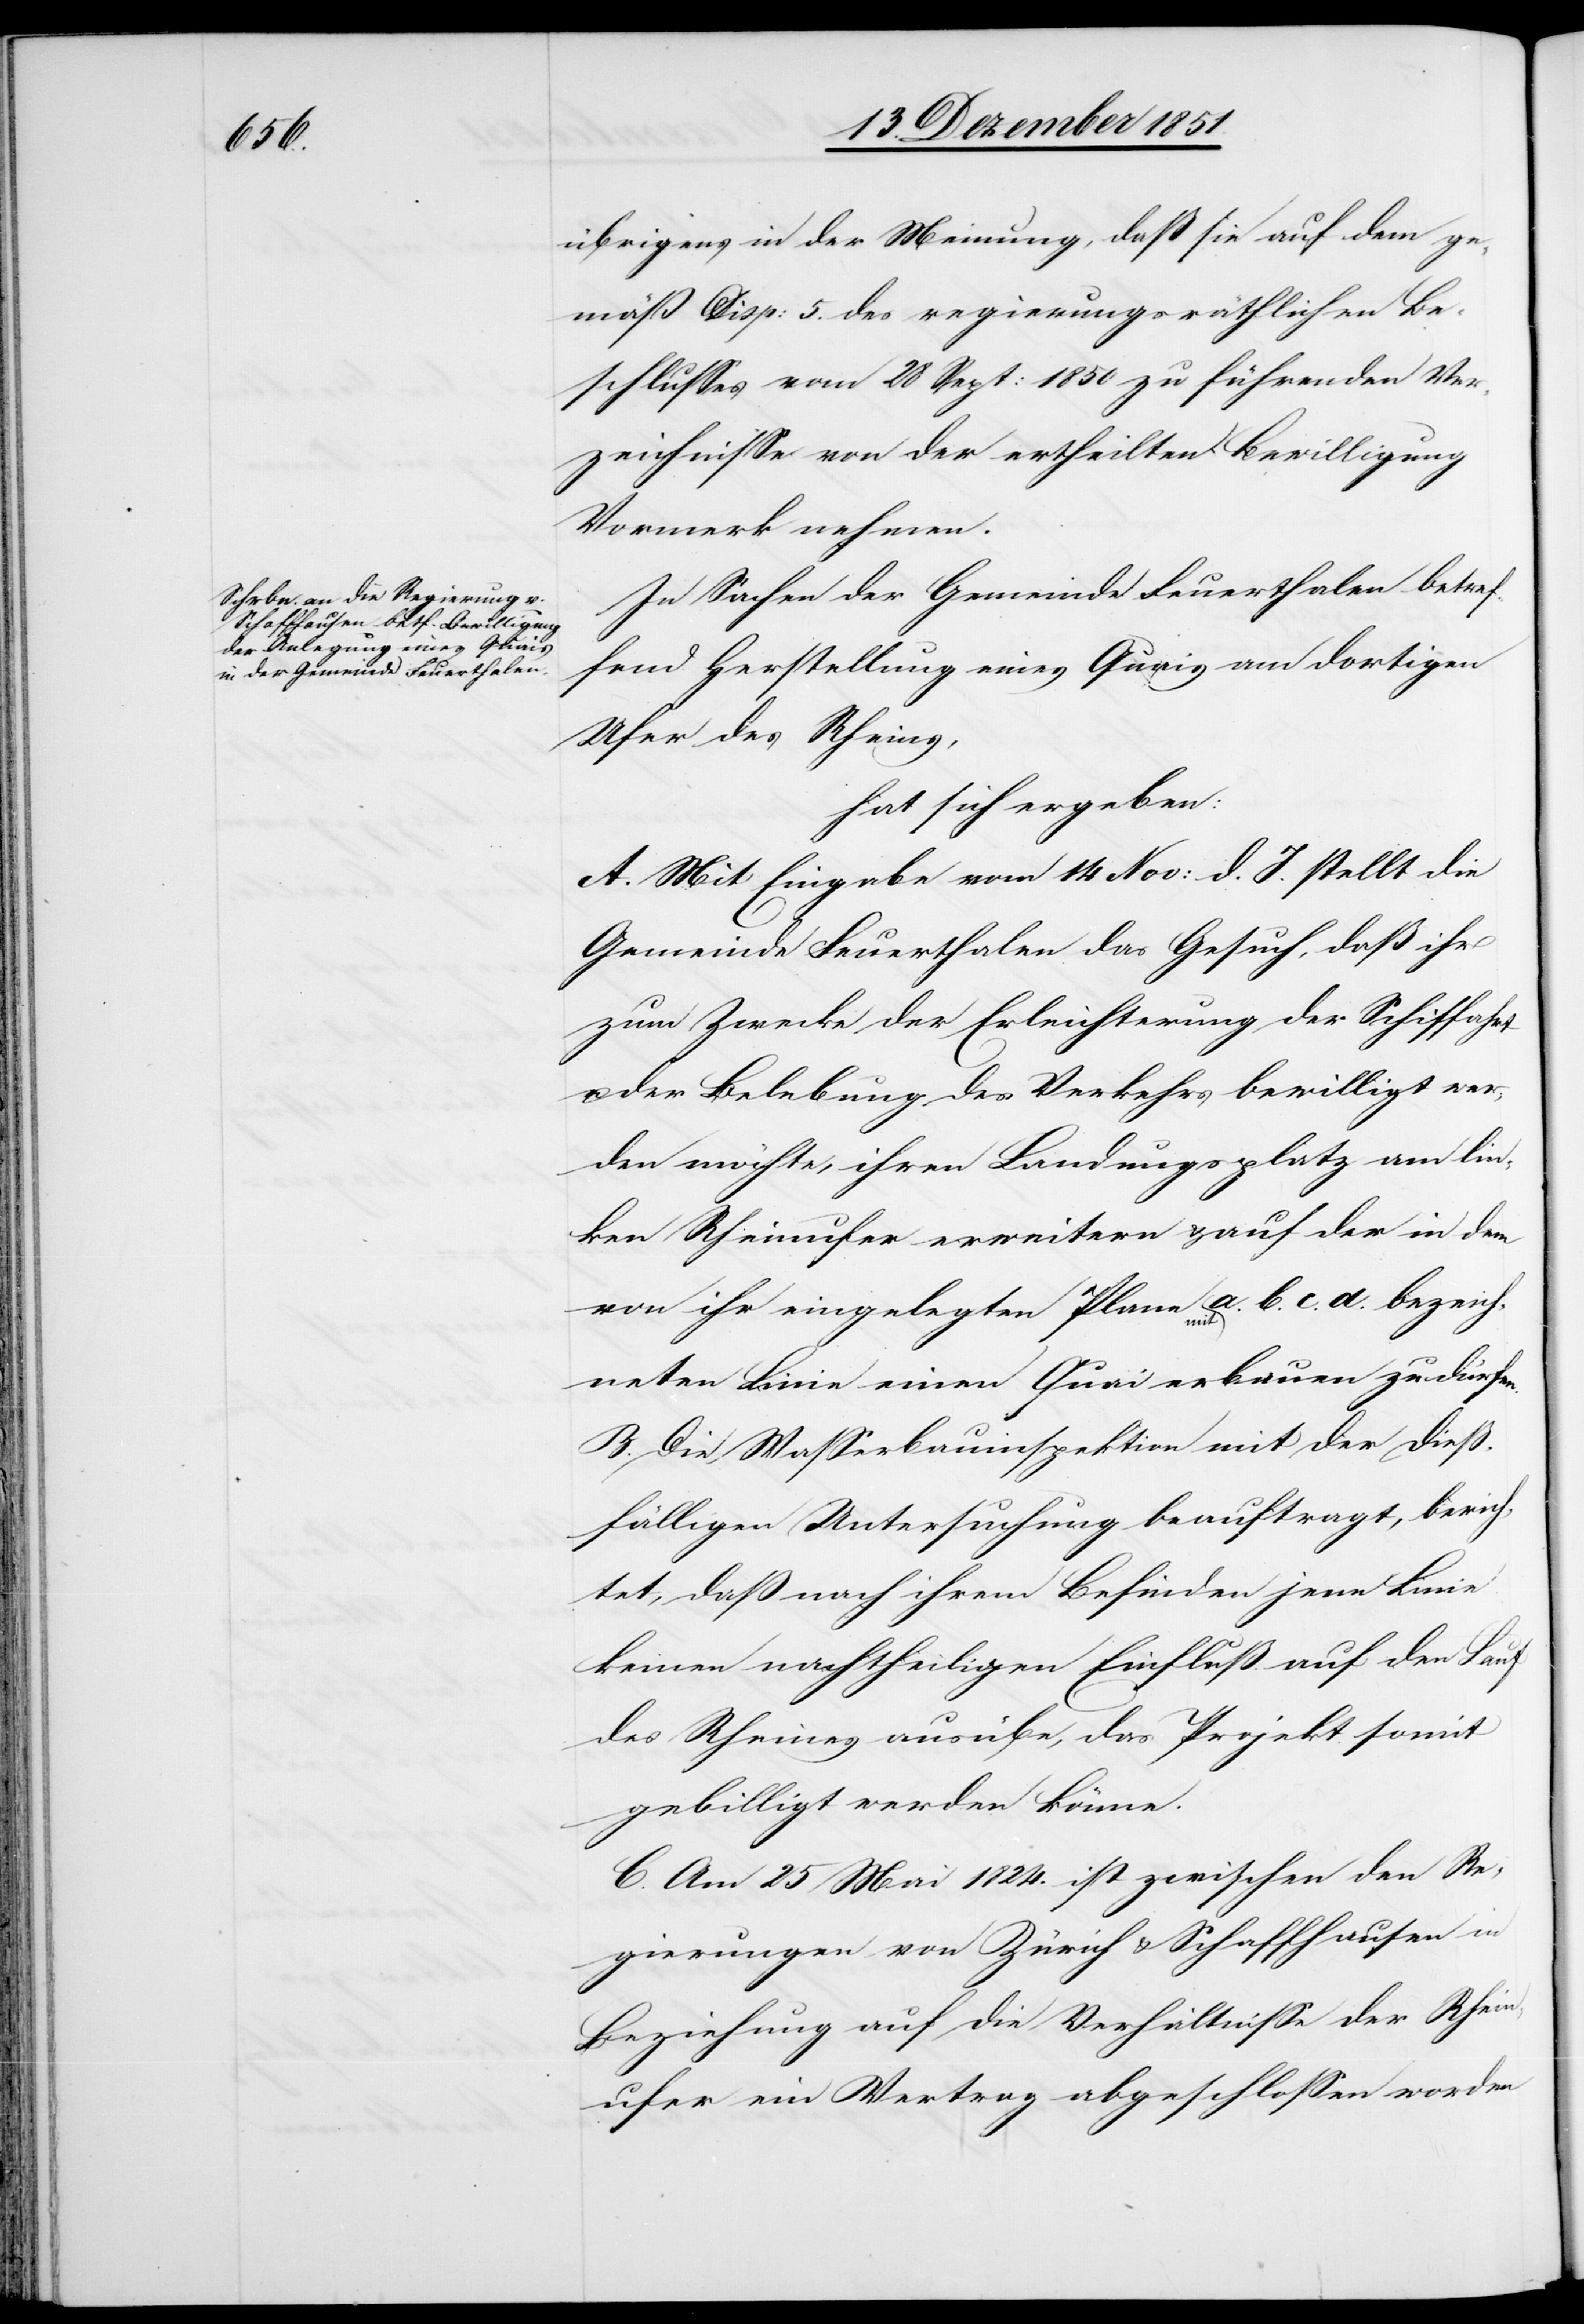
übrigens in der Meinung, daß sie auf dem ge¬
mäß Disp: 5. des regierungsräthlichen Be¬
schlusses vom 28 Sept: 1850 zu führenden Ver¬
zeichnisse von der ertheilten Bewilligung
Vormerk nehmen.
In Sachen der Gemeinde Feuerthalen betref¬
fend Herstellung eines Quais am dortigen
Ufer des Rheins,
hat sich ergeben:
A. Mit Eingabe vom 14 Nov: d. J. stellt die
Gemeinde Feuerthalen das Gesuch, daß ihr
zum Zwecke der Erleichterung der Schiffahrt
der Belebung des Verkehrs bewilligt wer¬
den möchte, ihren Landungsplatz am lin¬
ken Rheinufer erweitern & auf der in dem
von ihr eingelegten Plane mit a. b. c. d. bezeich¬
u.
neten Linie einen Quai erbauen zu dürfen.
B. Die Wasserbauinspektion mit der dieß¬
fälligen Untersuchung beauftragt, berich¬
tet, daß nach ihrem Befinden jene Linie
keinen nachtheiligen Einfluß auf den Lauf
des Rheines ausübe, das Projekt somit
gebilligt werden könne.
C. Am 25 Mai 1824. ist zwischen den Re¬
gierungen von Zürich & Schaffhausen in
Beziehung auf die Verhältnisse der Rhein¬
ufer ein Vertrag abgeschlossen worden